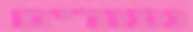
נעורים